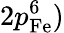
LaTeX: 2p_{\mathrm{Fe}}^{6})